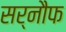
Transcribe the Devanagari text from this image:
सर्नौफ